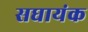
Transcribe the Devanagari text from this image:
सघायंक